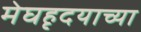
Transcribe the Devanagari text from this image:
मेघहृदयाच्या